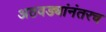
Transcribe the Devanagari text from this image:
अठवड्यांनंतरच